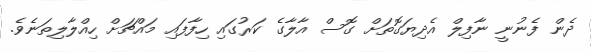
ދެން ފެނުނީ ނާފިލް އެދިޔަގޮތަށް ގޮސް އާލާގެ ކަރުގައި ހިފާފައި މައްޗަށް ހިއްލާލިތަނެވެ.